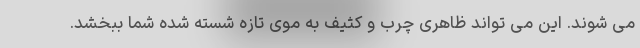
می شوند. این می تواند ظاهری چرب و کثیف به موی تازه شسته شده شما ببخشد.